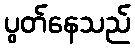
ပွတ်နေသည်